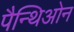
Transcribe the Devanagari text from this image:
पैन्थिओन